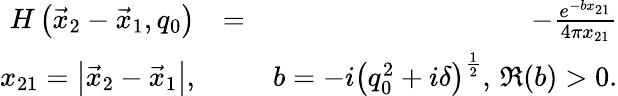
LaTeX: \begin{array}{rlr}{H\left(\vec{x}_{2}-\vec{x}_{1},q_{0}\right)}&{=}&{-\frac{e^{-bx_{21}}}{4\pi x_{21}}}\\ {x_{21}=\left|\vec{x}_{2}-\vec{x}_{1}\right|,}&{}&{b=-i\left(q_{0}^{2}+i\delta\right)^{\frac{1}{2}},\, \Re(b)>0.}\end{array}